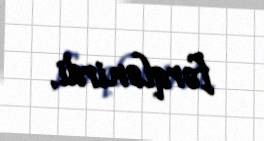
fərqlənirdi.